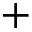
+